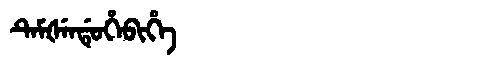
Manchu: ᡨᡝᠮᡧᡝᠨᡩᡠᡥᡝᠪᡳᡥᡝ
Romanization: TEMŠENDUHEBIHE